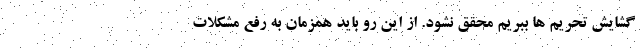
گشایش تحریم ها ببریم محقق نشود. از این رو باید همزمان به رفع مشکلات